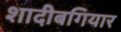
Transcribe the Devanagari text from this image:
शादीबगियार